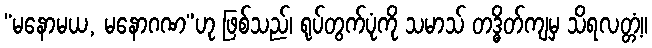
“မနောမယ, မနောဂဏ”ဟု ဖြစ်သည်၊ ရုပ်တွက်ပုံကို သမာသ် တဒ္ဓိတ်ကျမှ သိရလတ္တံ့။